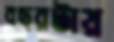
বছরটায়